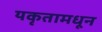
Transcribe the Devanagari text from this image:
यकृतामधून